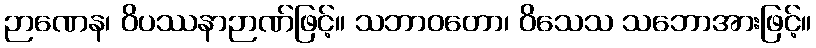
ဉာဏေန၊ ဝိပဿနာဉာဏ်ဖြင့်။ သဘာဝတော၊ ဝိသေသ သဘောအားဖြင့်။